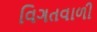
વિગતવાળી